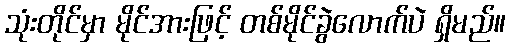
သုံးတိုင်မှာ မိုင်အားဖြင့် တစ်မိုင်ခွဲလောက်ပဲ ရှိမည်။